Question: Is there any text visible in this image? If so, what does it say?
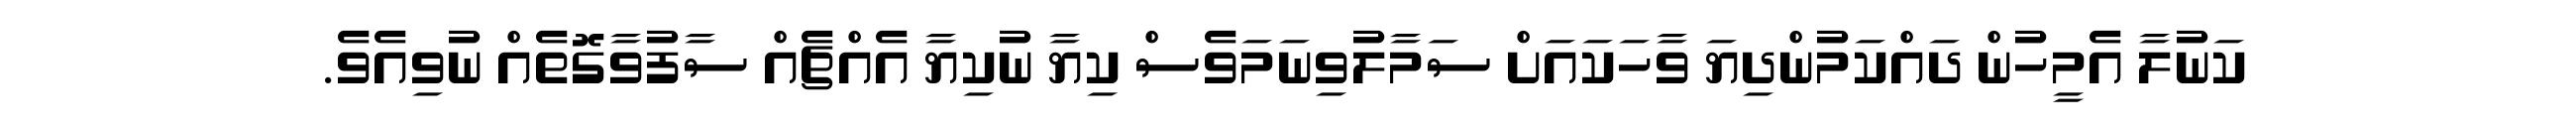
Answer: ކަނުލާ އެމީހުން ދައްކަމުންދިޔަ ވާހަކައަށް ސަމާލުވިނަމަވެސް ކިޔާ ނުކިޔާ އެއްޗެއް ސާފުވާގޮތެއް ނުވިއެވެ.